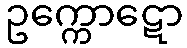
ဥက္ကောဋော